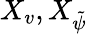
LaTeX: X_{v},X_{\tilde{\psi}}